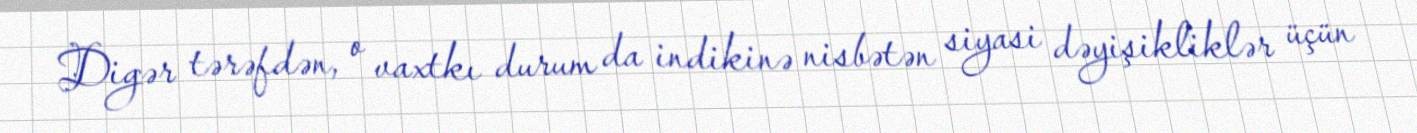
Digər tərəfdən, o vaxtkı durum da indikinə nisbətən siyasi dəyişikliklər üçün